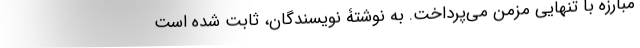
مبارزه با تنهایی مزمن می‌پرداخت. به نوشتۀ نویسندگان، ثابت شده است